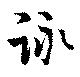
詠